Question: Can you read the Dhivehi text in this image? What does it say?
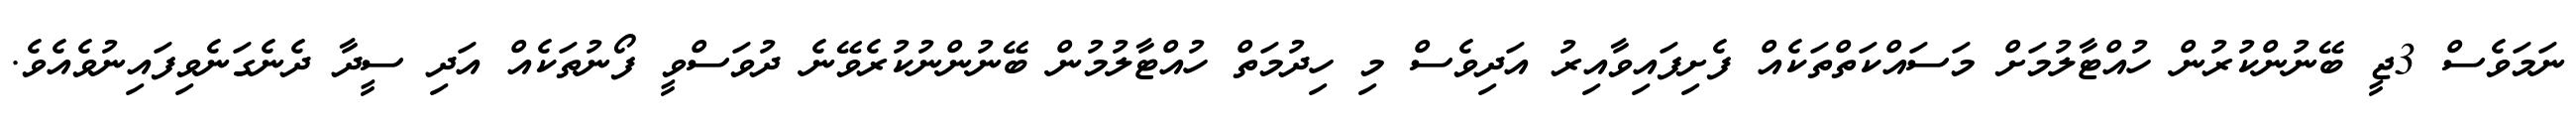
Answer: ނަމަވެސް 3ޖީ ބޭނުންކުރުން ހުއްޓާލުމަށް މަސައްކަތްތަކެއް ފެށިފައިވާއިރު އަދިވެސް މި ހިދުމަތް ހުއްޓާލުމުން ބޭނުންނުކުރެވޭނެ ދުވަސްވީ ފޯނުތަކެއް އަދި ސީދާ ދެނެގަނެވިފައިނުވެއެވެ.